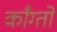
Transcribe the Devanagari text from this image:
काँग्तो